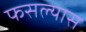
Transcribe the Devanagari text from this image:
फसल्यास